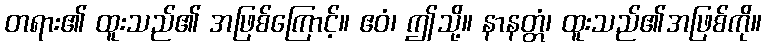
တရား၏ ထူးသည်၏ အဖြစ်ကြောင့်။ ဧဝံ၊ ဤသို့။ နာနတ္တံ၊ ထူးသည်၏အဖြစ်ကို။